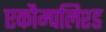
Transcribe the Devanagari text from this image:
एकौम्पलिश्ड